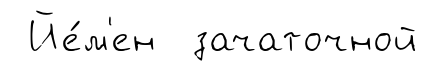
Йе́м'ен зачаточной